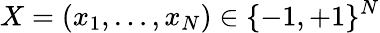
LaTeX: X=\left(x_{1},\ldots,x_{N}\right)\in\{ -1,+1\} ^{N}